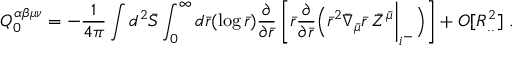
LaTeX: Q _ { 0 } ^ { \alpha \beta \mu \nu } = - \frac { 1 } { 4 \pi } \int d ^ { 2 } { \bar { \cal S } } \int _ { 0 } ^ { \infty } d { \bar { r } } ( \log { \bar { r } } ) \frac { \partial } { \partial { \bar { r } } } \left[ { \bar { r } } \frac { \partial } { \partial { \bar { r } } } \Bigl ( { \bar { r } } ^ { 2 } { \bar { \nabla } } _ { \bar { \mu } } { \bar { r } } \; { \bar { Z } } ^ { \bar { \mu } } \biggl | _ { i ^ { - } } \Bigr ) \right] + O [ R _ { . . } ^ { 2 } ] \; .